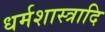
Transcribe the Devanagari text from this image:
धर्मशास्त्रादि